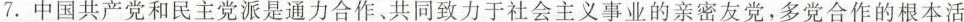
7.中国共产党和民主党派是通力合作、共同致力于社会主义事业的亲密友党，多党合作的根本活